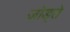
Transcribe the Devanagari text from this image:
जोड्ते